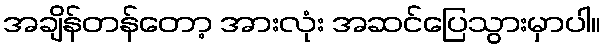
အချိန်တန်တော့ အားလုံး အဆင်ပြေသွားမှာပါ။